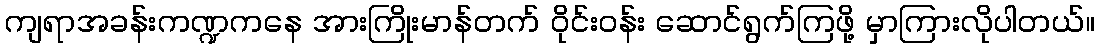
ကျရာအခန်းကဏ္ဍကနေ အားကြိုးမာန်တက် ဝိုင်းဝန်း ဆောင်ရွက်ကြဖို့ မှာကြားလိုပါတယ်။